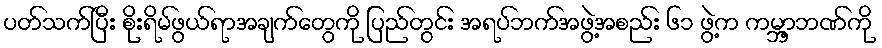
ပတ်သက်ပြီး စိုးရိမ်ဖွယ်ရာအချက်တွေကို ပြည်တွင်း အရပ်ဘက်အဖွဲ့အစည်း ၆၁ ဖွဲ့က ကမ္ဘာ့ဘဏ်ကို